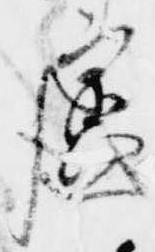
慮